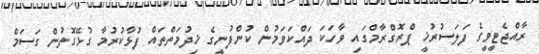
ރާއްޖެޓީވީގެ ފަލަސުރުޚީ ޕްރޮގްރާމްގައި ވާހަކަ ދައްކަވަމުން ކުންފުނީގެ ޚިދުމަތްތައް ފުޅާކުރުމާ ގުޅޭގޮތުން ގަސަމް